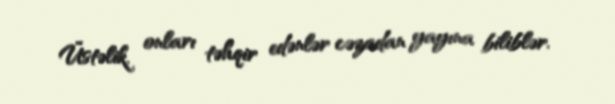
Üstəlik, onları təhqir edənlər cəzadan yayına biliblər.